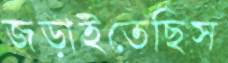
জড়াইতেছিস